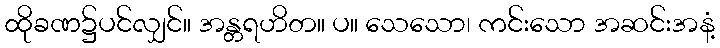
ထိုခဏ၌ပင်လျှင်။ အန္တရဟိတ။ ပ။ သေသော၊ ကင်းသော အဆင်းအနံ့